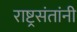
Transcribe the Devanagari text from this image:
राष्ट्रसंतांनी